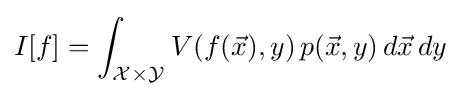
I[f]=\displaystyle \int _{{\mathcal {X}}\times {\mathcal {Y}}}V(f({\vec {x}}),y)\,p({\vec {x}},y)\,d{\vec {x}}\,dy